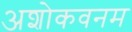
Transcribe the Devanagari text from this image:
अशोकवनम